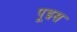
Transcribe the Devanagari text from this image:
पूइस